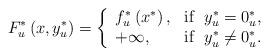
LaTeX: \begin{align*}F_{u}^{\ast }\left( {x,y_{u}^{\ast }}\right) =\left\{ \begin{array}{ll}{f_{u}^{\ast }\left( {x^{\ast }}\right) ,} & \mathrm{if}\;\;{y_{u}^{\ast }}=0_{u}^{\ast }, \\ {+\infty ,} & \mathrm{if}\;\;y_{u}^{\ast }\neq 0_{u}^{\ast }.\end{array}\right. \end{align*}